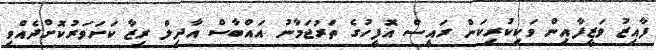
ފާއިޒު ވަޒީފާއިން ވަކިކުރިކަން ރައީސް އޮފީހުގެ ތަރުޖަމާނު އައްބާސް އާދިލް ރިޒާ ކަށަވަރުކޮށްދެއްވި